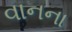
વાનના